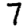
Digit: 7